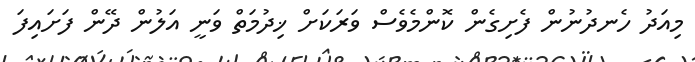
މިއަދު ހެނދުނުން ފެށިގެން ކޮންމެވެސް ވަރަކަށް ޚިދުމަތް ވަނީ އަލުން ދޭން ފަށައިފަ